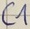
Text: C1